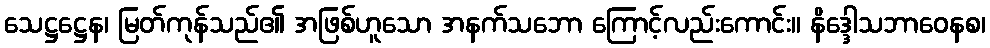
သေဋ္ဌဋ္ဌေန၊ မြတ်ကုန်သည်၏ အဖြစ်ဟူသော အနက်သဘော ကြောင့်လည်းကောင်း။ နိဒ္ဒေါသဘာဝေနစ၊